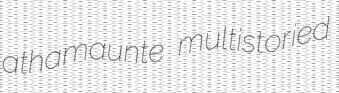
athamaunte multistoried